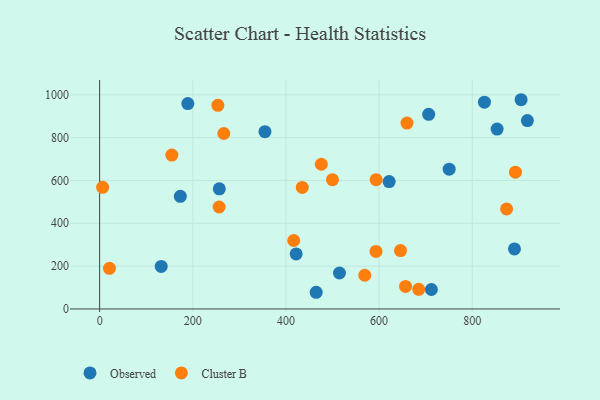
{"axis": {"x": "Price", "y": "Salary"}, "legend": ["Cluster B", "Observed"], "data": [{"x": "904.8", "y": 977.0, "type": "Observed"}, {"x": "173.2", "y": 525.9, "type": "Observed"}, {"x": "514.9", "y": 167.9, "type": "Observed"}, {"x": "464.9", "y": 77.9, "type": "Observed"}, {"x": "421.9", "y": 257.1, "type": "Observed"}, {"x": "189.3", "y": 958.8, "type": "Observed"}, {"x": "918.3", "y": 879.5, "type": "Observed"}, {"x": "750.4", "y": 652.9, "type": "Observed"}, {"x": "853.3", "y": 840.0, "type": "Observed"}, {"x": "621.5", "y": 594.7, "type": "Observed"}, {"x": "354.9", "y": 827.8, "type": "Observed"}, {"x": "706.4", "y": 908.7, "type": "Observed"}, {"x": "132.2", "y": 198.8, "type": "Observed"}, {"x": "256.9", "y": 560.8, "type": "Observed"}, {"x": "712.2", "y": 90.9, "type": "Observed"}, {"x": "890.6", "y": 280.3, "type": "Observed"}, {"x": "826.1", "y": 965.5, "type": "Observed"}, {"x": "435.0", "y": 567.7, "type": "Cluster B"}, {"x": "892.7", "y": 638.6, "type": "Cluster B"}, {"x": "656.8", "y": 105.0, "type": "Cluster B"}, {"x": "593.3", "y": 268.6, "type": "Cluster B"}, {"x": "256.5", "y": 476.0, "type": "Cluster B"}, {"x": "6.4", "y": 568.1, "type": "Cluster B"}, {"x": "569.2", "y": 157.5, "type": "Cluster B"}, {"x": "873.7", "y": 467.1, "type": "Cluster B"}, {"x": "253.8", "y": 950.9, "type": "Cluster B"}, {"x": "593.6", "y": 603.7, "type": "Cluster B"}, {"x": "21.0", "y": 189.7, "type": "Cluster B"}, {"x": "266.6", "y": 819.3, "type": "Cluster B"}, {"x": "499.8", "y": 603.5, "type": "Cluster B"}, {"x": "659.8", "y": 867.8, "type": "Cluster B"}, {"x": "155.0", "y": 718.5, "type": "Cluster B"}, {"x": "476.0", "y": 675.7, "type": "Cluster B"}, {"x": "645.9", "y": 272.8, "type": "Cluster B"}, {"x": "685.0", "y": 91.6, "type": "Cluster B"}, {"x": "416.7", "y": 319.7, "type": "Cluster B"}]}